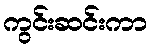
ကွင်းဆင်းကာ